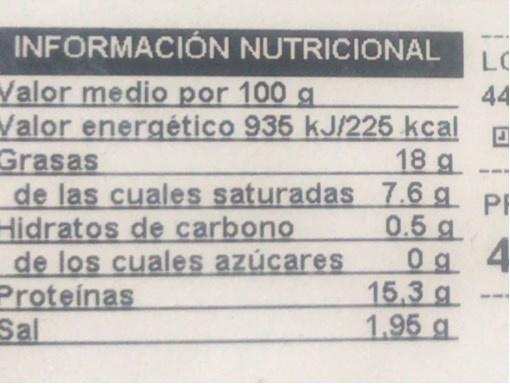
INFORMACIÓN NUTRICIONAL Valor medio por 100 g Valor energético 935 kJ/225 kcal Grasas de las cuales saturadas 7.6 g PI Hidratos de carbono de los cuales azúcares Proteinas Sal
LC
44
18 g
---
0.5 g
15,3 g 1.95 g